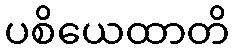
ပစိယေထာတိ